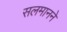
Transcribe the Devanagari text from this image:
सलमानने